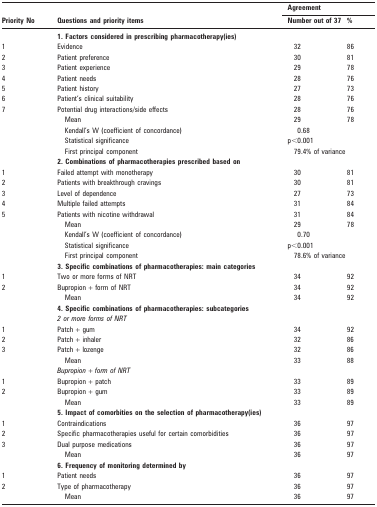
<table><thead><tr><td rowspan="2"><b>Priority No</b></td><td rowspan="2"><b>Questions and priority items</b></td><td colspan="2"><b>Agreement</b></td></tr><tr><td><b>Number out of 37</b></td><td><b>%</b></td></tr></thead><tbody><tr><td></td><td><b>1. Factors considered in prescribing pharmacotherapy(ies)</b></td><td></td><td></td></tr><tr><td>1</td><td>Evidence</td><td>32</td><td>86</td></tr><tr><td>2</td><td>Patient preference</td><td>30</td><td>81</td></tr><tr><td>3</td><td>Patient experience</td><td>29</td><td>78</td></tr><tr><td>4</td><td>Patient needs</td><td>28</td><td>76</td></tr><tr><td>5</td><td>Patient history</td><td>27</td><td>73</td></tr><tr><td>6</td><td>Patient’s clinical suitability</td><td>28</td><td>76</td></tr><tr><td>7</td><td>Potential drug interactions/side effects</td><td>28</td><td>76</td></tr><tr><td></td><td>Mean</td><td>29</td><td>78</td></tr><tr><td></td><td>Kendall’s W (coefficient of concordance)</td><td>0.68</td><td></td></tr><tr><td></td><td>Statistical significance</td><td>p&lt;0.001</td><td></td></tr><tr><td></td><td>First principal component</td><td>79.4% of variance</td><td></td></tr><tr><td></td><td><b>2. Combinations of pharmacotherapies prescribed based on</b></td><td></td><td></td></tr><tr><td>1</td><td>Failed attempt with monotherapy</td><td>30</td><td>81</td></tr><tr><td>2</td><td>Patients with breakthrough cravings</td><td>30</td><td>81</td></tr><tr><td>3</td><td>Level of dependence</td><td>27</td><td>73</td></tr><tr><td>4</td><td>Multiple failed attempts</td><td>31</td><td>84</td></tr><tr><td>5</td><td>Patients with nicotine withdrawal</td><td>31</td><td>84</td></tr><tr><td></td><td>Mean</td><td>29</td><td>78</td></tr><tr><td></td><td>Kendall’s W (coefficient of concordance)</td><td>0.70</td><td></td></tr><tr><td></td><td>Statistical significance</td><td>p&lt;0.001</td><td></td></tr><tr><td></td><td>First principal component</td><td>78.6% of variance</td><td></td></tr><tr><td></td><td><b>3. Specific combinations of pharmacotherapies: main categories</b></td><td></td><td></td></tr><tr><td>1</td><td>Two or more forms of NRT</td><td>34</td><td>92</td></tr><tr><td>2</td><td>Bupropion + form of NRT</td><td>34</td><td>92</td></tr><tr><td></td><td>Mean</td><td>34</td><td>92</td></tr><tr><td></td><td><b>4. Specific combinations of pharmacotherapies: subcategories</b></td><td></td><td></td></tr><tr><td></td><td><i>2 or more forms of NRT</i></td><td></td><td></td></tr><tr><td>1</td><td>Patch + gum</td><td>34</td><td>92</td></tr><tr><td>2</td><td>Patch + inhaler</td><td>32</td><td>86</td></tr><tr><td>3</td><td>Patch + lozenge</td><td>32</td><td>86</td></tr><tr><td></td><td>Mean</td><td>33</td><td>88</td></tr><tr><td></td><td><i>Bupropion + form of NRT</i></td><td></td><td></td></tr><tr><td>1</td><td>Bupropion + patch</td><td>33</td><td>89</td></tr><tr><td>2</td><td>Bupropion + gum</td><td>33</td><td>89</td></tr><tr><td></td><td>Mean</td><td>33</td><td>89</td></tr><tr><td></td><td><b>5. Impact of comorbities on the selection of pharmacotherapy(ies)</b></td><td></td><td></td></tr><tr><td>1</td><td>Contraindications</td><td>36</td><td>97</td></tr><tr><td>2</td><td>Specific pharmacotherapies useful for certain comorbidities</td><td>36</td><td>97</td></tr><tr><td>3</td><td>Dual purpose medications</td><td>36</td><td>97</td></tr><tr><td></td><td>Mean</td><td>36</td><td>97</td></tr><tr><td></td><td><b>6. Frequency of monitoring determined by</b></td><td></td><td></td></tr><tr><td>1</td><td>Patient needs</td><td>36</td><td>97</td></tr><tr><td>2</td><td>Type of pharmacotherapy</td><td>36</td><td>97</td></tr><tr><td></td><td>Mean</td><td>36</td><td>97</td></tr></tbody></table>